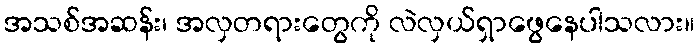
အသစ်အဆန်း၊ အလှတရားတွေကို လဲလှယ်ရှာဖွေနေပါသလား။